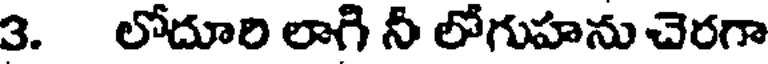
3. లోదూరి లాగి నీ లోగుహను చెరగా